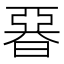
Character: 𣉩